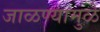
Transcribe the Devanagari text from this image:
जाळण्यामुळे